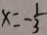
x = - \frac { 1 } { 3 }